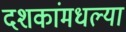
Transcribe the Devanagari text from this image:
दशकांमधल्या